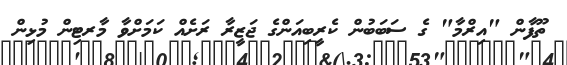
ތޫފާން "އިރްމާ" ގެ ސަބަބުން ކެރީބިއަންގެ ޖަޒީރާ ރަށެއް ކަމަށްވާ މާރޓިން މުޅިން